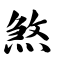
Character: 煞